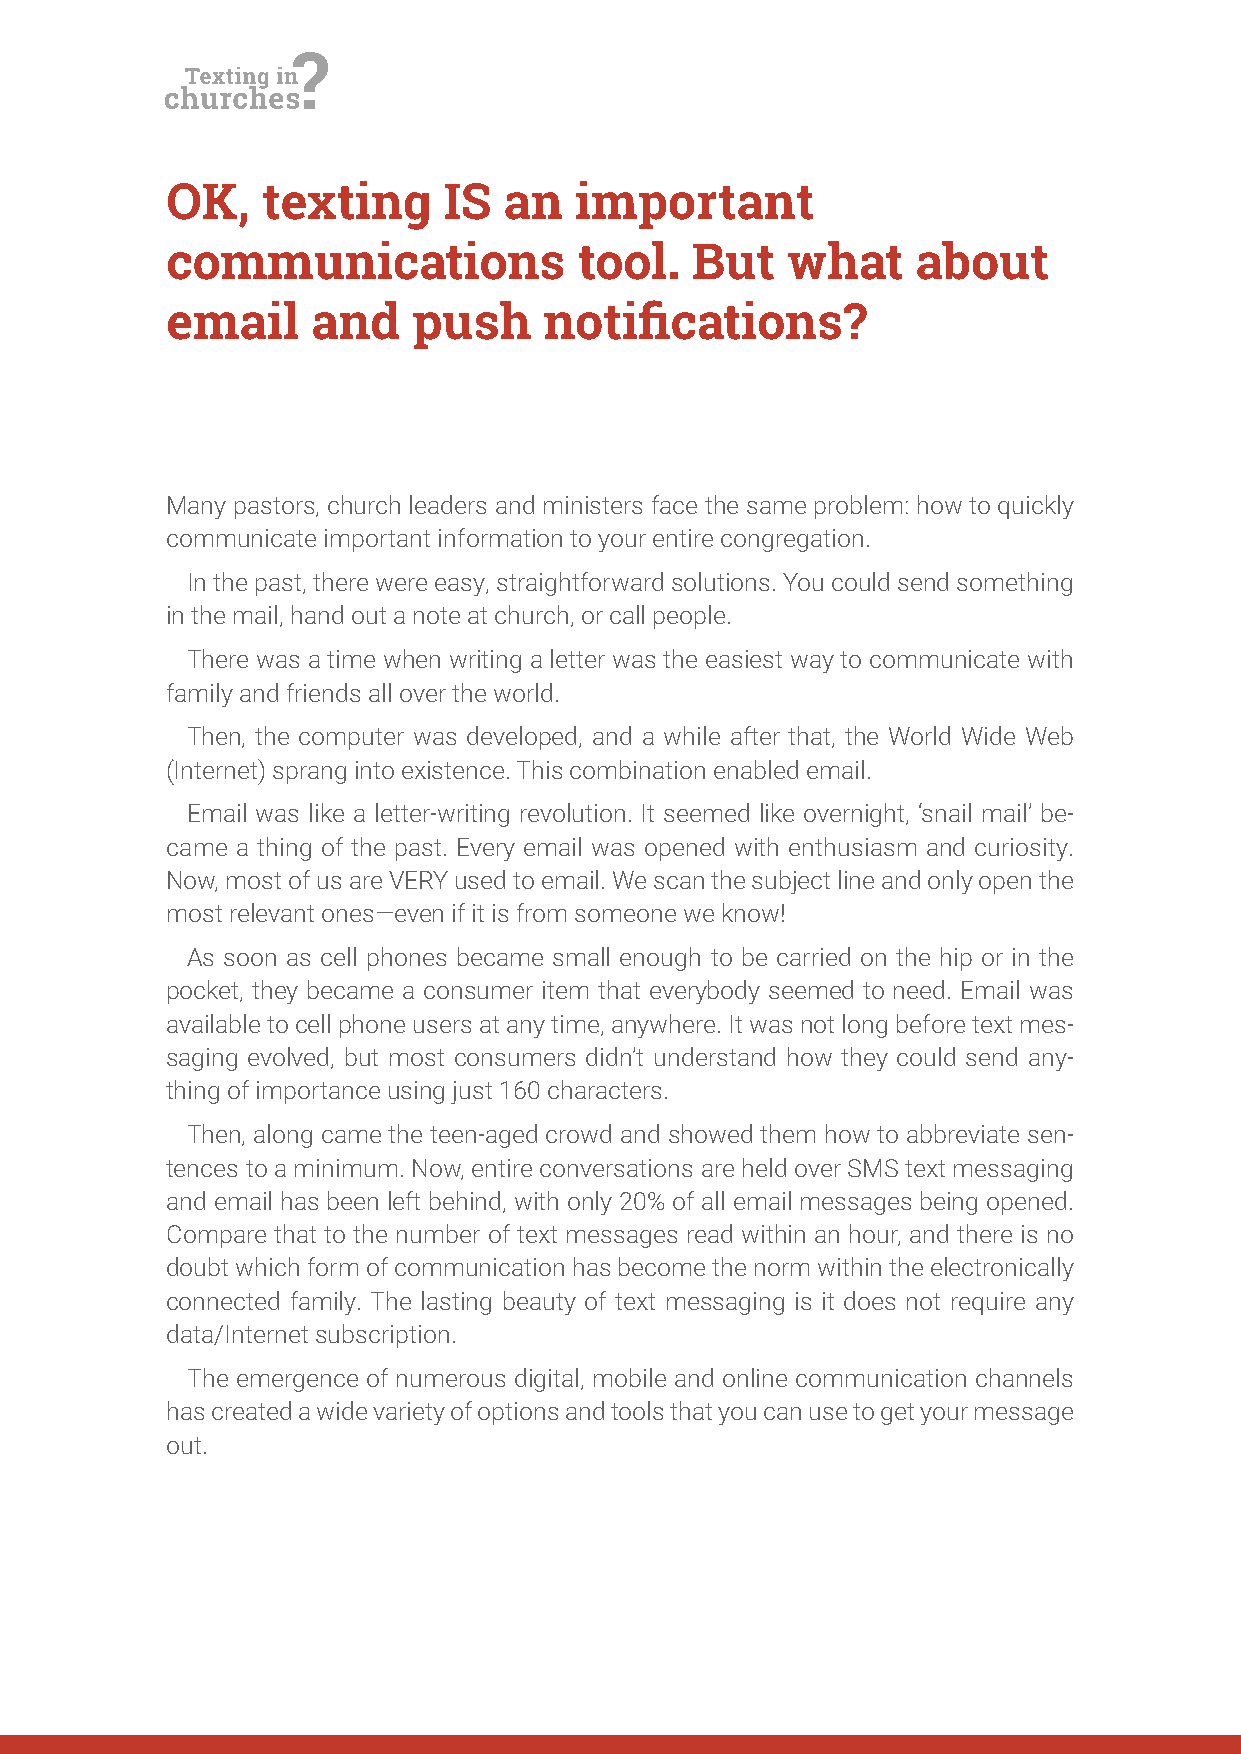
OK,   texting     IS  an   important
 communications             tool.   But   what     about
 email     and   push     notiications?
 Many pastors, church leaders and ministers face the same problem: how to quickly
 communicate important information to your entire congregation.
 In the past, there were easy, straightforward solutions. You could send something
 in the mail, hand out a note at church, or call people.
 There was a time when writing a letter was the easiest way to communicate with
 family and friends all over the world.
 Then, the computer was developed, and a while after that, the World Wide Web
 (Internet) sprang into existence. This combination enabled email.
 Email was like a letter-writing revolution. It seemed like overnight, ‘snail mail’ be-
 came a thing of the past. Every email was opened with enthusiasm and curiosity.
 Now, most of us are VERY used to email. We scan the subject line and only open the
 most relevant ones—even if it is from someone we know!
 As soon as cell phones became small enough to be carried on the hip or in the
 pocket, they became a consumer item that everybody seemed to need. Email was
 available to cell phone users at any time, anywhere. It was not long before text mes-
 saging evolved, but most consumers didn’t understand how they could send any-
 thing of importance using just 160 characters.
 Then, along came the teen-aged crowd and showed them how to abbreviate sen-
 tences to a minimum. Now, entire conversations are held over SMS text messaging
 and email has been left behind, with only 20% of all email messages being opened.
 Compare that to the number of text messages read within an hour, and there is no
 doubt which form of communication has become the norm within the electronically
 connected family. The lasting beauty of text messaging is it does not require any
 data/Internet subscription.
 The emergence of numerous digital, mobile and online communication channels
 has created a wide variety of options and tools that you can use to get your message
 out.